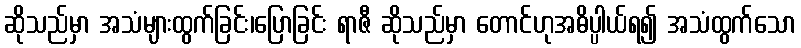
ဆိုသည်မှာ အသံများထွက်ခြင်း၊ပြောခြင်း ရာဇီ ဆိုသည်မှာ တောင်ဟုအဓိပ္ပါယ်ရ၍ အသံထွက်သော